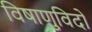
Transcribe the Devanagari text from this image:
विषाणुविदों